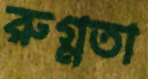
রুগ্নতা